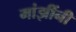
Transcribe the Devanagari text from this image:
मांझींनी